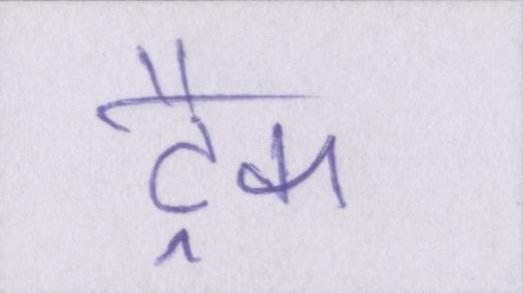
ट्रैक